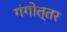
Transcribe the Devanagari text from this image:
गंगोत्तर